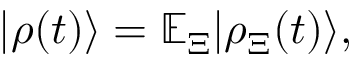
| \rho ( t ) \rangle = \mathbb { E } _ { \Xi } | \rho _ { \Xi } ( t ) \rangle ,